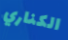
الكناري